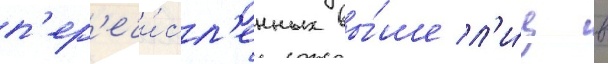
п'ер'ечи́сл'енных вы́ше л'и́ц в